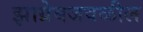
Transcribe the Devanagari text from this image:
झाग्रेबजवळील